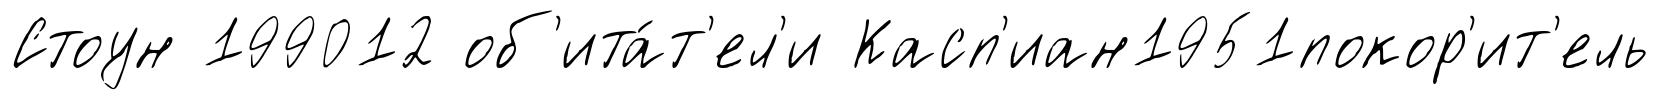
Стоун 199012 об'ита́т'ел'и Касп'иан1951покор'ит'ель